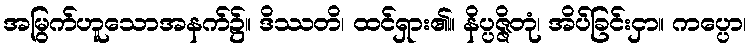
အမြွက်ဟူသောအနက်၌။ ဒိဿတိ၊ ထင်ရှား၏။ နိပ္ပဇ္ဇိတုံ၊ အိပ်ခြင်းငှာ။ ကပ္ပော၊